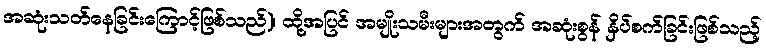
အဆုံးသတ်နေခြင်းကြောင့်ဖြစ်သည်)၊ ထို့အပြင် အမျိုးသမီးများအတွက် အဆုံးစွန် နှိပ်စက်ခြင်းဖြစ်သည့်